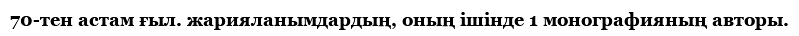
70-тен астам ғыл. жарияланымдардың, оның ішінде 1 монографияның авторы.